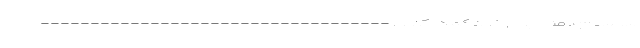
سیستم ایمنی بدن خود کمک کنید. -----------------------------------